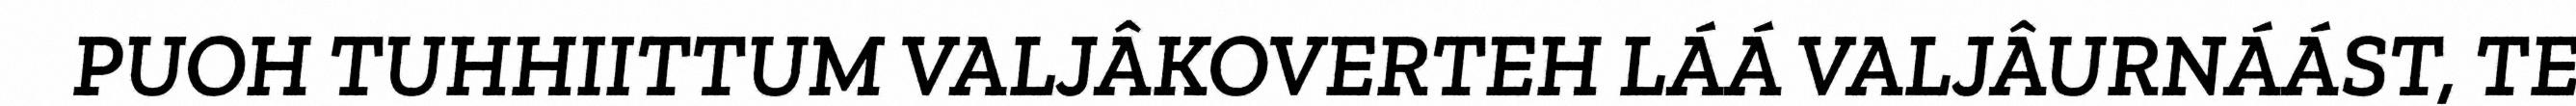
PUOH TUHHIITTUM VALJÂKOVERTEH LÁÁ VALJÂURNÁÁST, TE